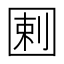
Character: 𡇿